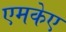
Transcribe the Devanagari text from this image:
एमकेए